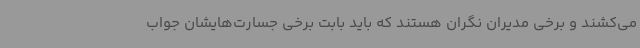
می‌کشند و برخی مدیران نگران هستند که باید بابت برخی جسارت‌هایشان جواب